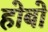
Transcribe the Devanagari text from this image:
होबो